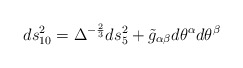
\begin{align*}ds_{10}^2 = \Delta^{-\frac{2}{3}} ds_5^2+\tilde{g}_{\alpha\beta} d\theta^\alpha d\theta^\beta\end{align*}